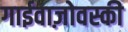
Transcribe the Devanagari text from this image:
गाईवाज़ोवस्की